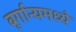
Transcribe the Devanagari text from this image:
बूर्गान्यमध्ये